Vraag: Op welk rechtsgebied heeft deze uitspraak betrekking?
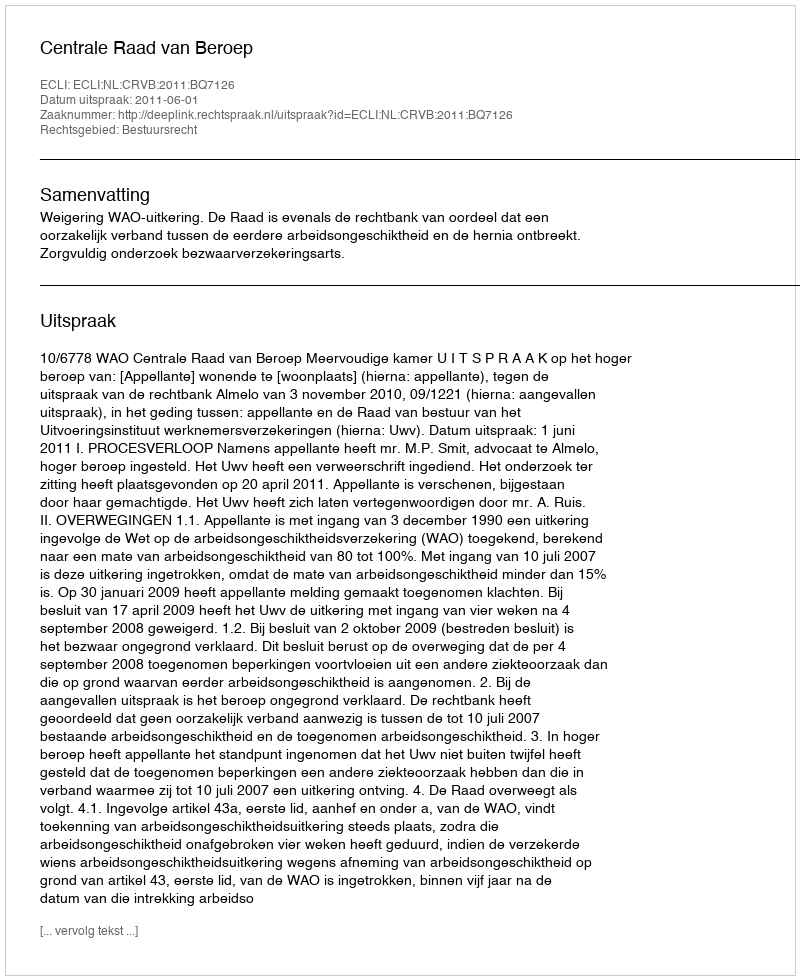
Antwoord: Bestuursrecht